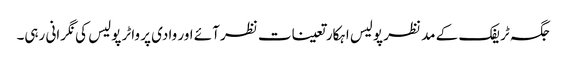
جگہ ٹریفک کے مد نظر پولیس اہکار تعینات نظر آئے اور وادی پر واٹر پولیس کی نگرانی رہی۔